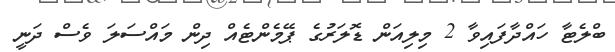
ބްލެޓާ ހައްދާފައިވާ 2 މިލިއަން ޑޮލަރުގެ ޕޭމެންޓެއް ދިން މައްސަލަ ވެސް ދަނީ